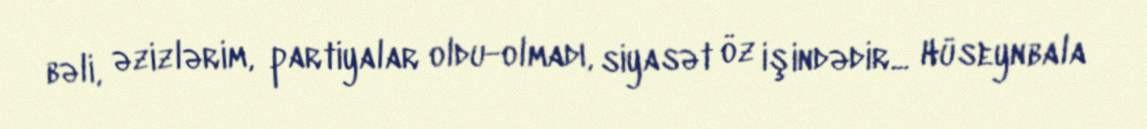
bəli, əzizlərim, partiyalar oldu-olmadı, siyasət öz işindədir... Hüseynbala